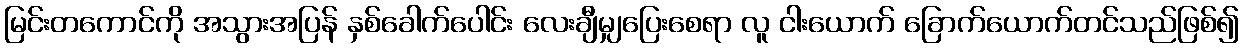
မြင်းတကောင်ကို အသွားအပြန် နှစ်ခေါက်ပေါင်း လေးချီမျှပြေးစေရာ လူ ငါးယောက် ခြောက်ယောက်တင်သည်ဖြစ်၍